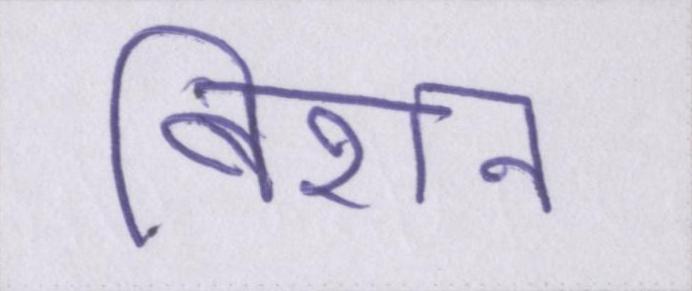
बिशन